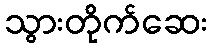
သွားတိုက်ဆေး